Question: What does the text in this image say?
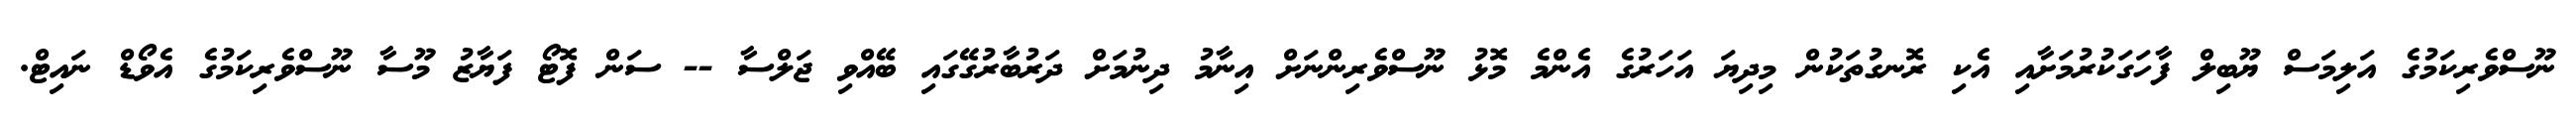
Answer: ނޫސްވެރިކަމުގެ އަލިމަސް ޔޫބިލް ފާހަގަކުރުމަށާއި އެކި ރޮނގުތަކުން މިދިޔަ އަހަރުގެ އެންމެ މޮޅު ނޫސްވެރިންނަށް އިނާމު ދިނުމަށް ދަރުބާރުގޭގައި ބޭއްވި ޖަލްސާ -- ސަން ފޮޓޯ ފަޔާޒު މޫސާ ނޫސްވެރިކަމުގެ އެވޯޑް ނައިޓް.